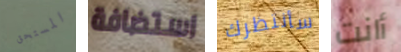
المستحق استضافة سأنتظرك أانت